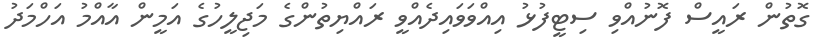
ގޮތުން ރައީސް ފޮނުއްވި ސިޓީފުޅު އިއްވަވައިދެއްވީ ރައްޔިތުންގެ މަޖިލީހުގެ އަމީން އާއްމު އަހްމަދު